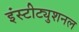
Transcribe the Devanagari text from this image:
इंस्टीट्युशनल